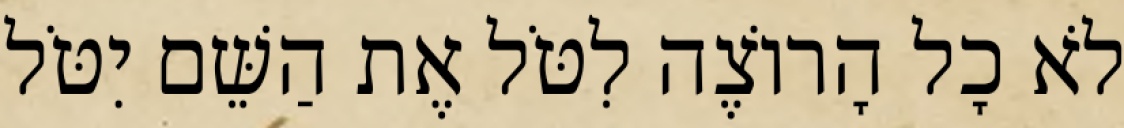
לֹא כָל הָרוֹצֶה לִטֹּל אֶת הַשֵּׁם יִטֹּל